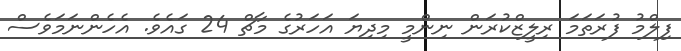
ފިލްމު ފުރަތަމަ ރިލީޒްކުރަން ނިންމީ މިދިޔަ އަހަރުގެ މާޗް 24 ގައެވެ. އެހެންނަމަވެސް